Leaving Certificate Examination (including Day School Certificate (Higher) General paper), 1937
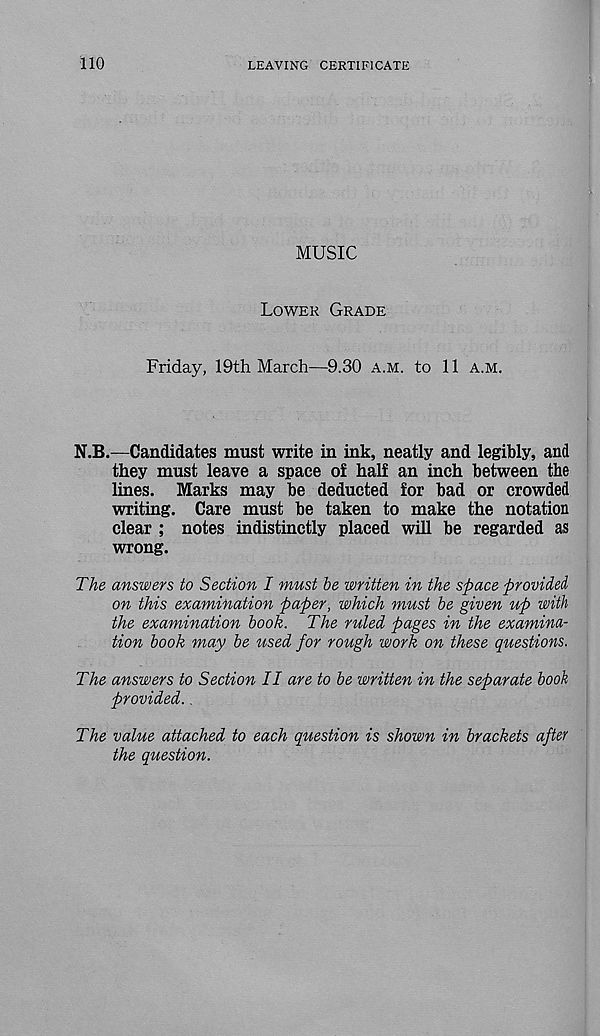
110
LEAVING CERTIFICATE
MUSIC
Lower Grade
Friday, 19th March—9.30 a.m. to 11 a.m.
N.B.—Candidates must write in ink, neatly and legibly, and
they must leave a space of half an inch between the
lines. Marks may be deducted for bad or crowded
writing. Care must be taken to make the notation
clear ; notes indistinctly placed will be regarded as
wrong.
The answers to Section I must be written in the space provided-
on this examination paper, which must be given up with
the examination book. The ruled pages in the examina-
tion book may be used for rough work on these questions.
The answers to Section II are to be written in the separate book
provided. .
The value attached to each question is shown in brackets after
the question.